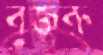
বুজরু